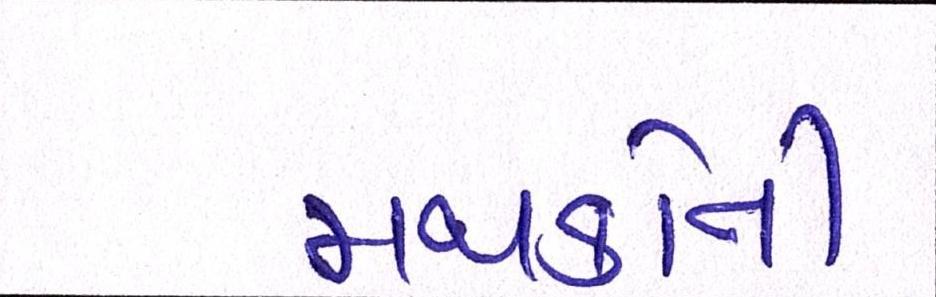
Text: મથકોની